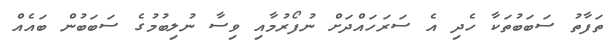
ތަފާތު ސަބަބުތަކާ ހެދި އެ ސަރަހައްދަށް ނުފޯރުމާއި ވިސާ ނުލިބުމުގެ ސަބަބުން ބައެއް